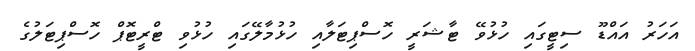
އަހަރު އައްޑޫ ސިޓީގައި ހުޅުވޭ ޓާޝަރީ ހޮސްޕިޓަލާއި ހުޅުމާލޭގައި ހުޅުވި ޓްރީޓޮޕް ހޮސްޕިޓަލުގެ